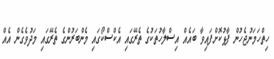
ހިތްހަމަނުޖެހުން ފާޅުކޮށްފައިވާ ބައެއް އިސްލާހުތަކުގެ ތެރޭގައި އެކްސްކޯގައި މެންބަރުންގެ ތެރޭގައި މަދުވެގެން އެއް